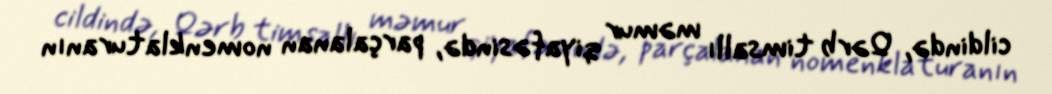
cildində, Qərb timsallı məmur qiyafəsində, parçalanan nomenklaturanın